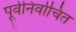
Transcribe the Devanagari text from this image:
पूर्वनिर्वाचित